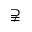
\supsetneqq